Lunatic asylums Burma 1907-21 - 1907-1921
Year: 1907
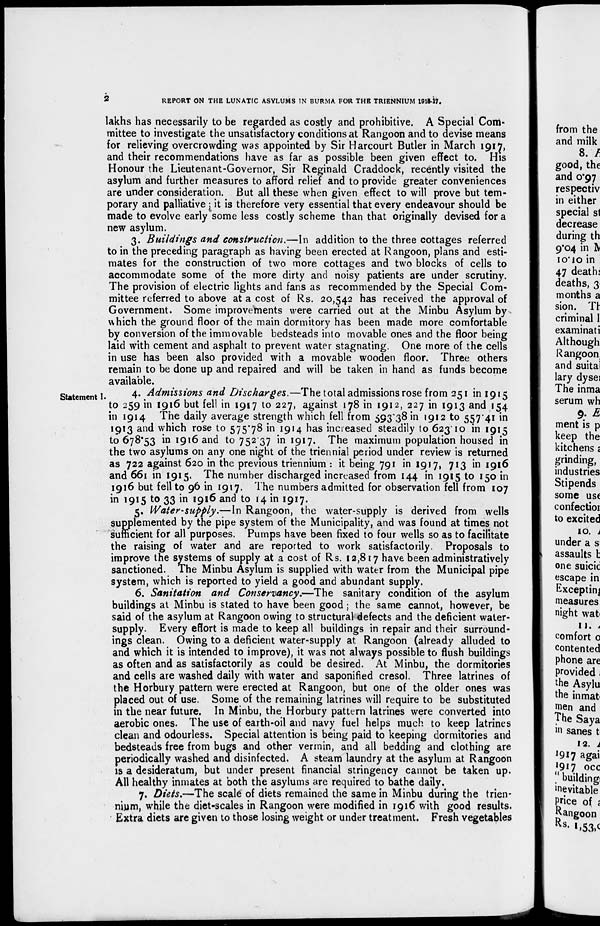
2
REPORT ON THE LUNATIC ASYLUMS IN BURMA FOR THE TRIENNIUM 1915-17.
lakhs has necessarily to be regarded as costly and prohibitive. A Special Com-
mittee to investigate the unsatisfactory conditions at Rangoon and to devise means
for relieving overcrowding was appointed by Sir Harcourt Butler in March 1917,
and their recommendations have as far as possible been given effect to. His
Honour the Lieutenant-Governor, Sir Reginald Craddock, recently visited the
asylum and further measures to afford relief and to provide greater conveniences
are under consideration. But all these when given effect to will prove but tem-
porary and palliative ; it is therefore very essential that every endeavour should be
made to evolve early some less costly scheme than that originally devised for a
new asylum.
3. Buildings and construction.—In addition to the three cottages referred
to in the preceding paragraph as having been erected at Rangoon, plans and esti-
mates for the construction of two more cottages and two blocks of cells to
accommodate some of the more dirty and noisy patients are under scrutiny.
The provision of electric lights and fans as recommended by the Special Com-
mittee referred to above at a cost of Rs. 20,542 has received the approval of
Government. Some improvements were carried out at the Minbu Asylum by
which the ground floor of the main dormitory has been made more comfortable
by conversion of the immovable bedsteads into movable ones and the floor being
laid with cement and asphalt to prevent water stagnating. One more of the cells
in use has been also provided with a movable wooden floor. Three others
remain to be done up and repaired and will be taken in hand as funds become
available.
Statement I.
4. Admissions and Discharges.—The total admissions rose from 251 in 1915
to 259 in 1916 but fell in 1917 to 227, against 178 in 1912, 227 in 1913 and 154
in 1914 The daily average strength which fell from 593.38 in 1912 to 557.41 in
1913 and which rose to 575.78 in 1914 has increased steadily to 623.10 in 1915
to 678.53 in 1916 and to 752.37 in 1917. The maximum population housed in
the two asylums on any one night of the triennial period under review is returned
as 722 against 620 in the previous triennium : it being 791 in 1917, 713 in 1916
and 661 in 1915. The number discharged increased from 144 in 1915 to 150 in
1916 but fell to 96 in 1917. The numbers admitted for observation fell from 107
in 1915 to 33 in 1916 and to 14 in 1917.
5. Water-supply.—In Rangoon, the water-supply is derived from wells
supplemented by the pipe system of the Municipality, and was found at times not
sufficient for all purposes. Pumps have been fixed to four wells so as to facilitate
the raising of water and are reported to work satisfactorily. Proposals to
improve the systems of supply at a cost of Rs. 12,817 have been administratively
sanctioned. The Minbu Asylum is supplied with water from the Municipal pipe
system, which is reported to yield a good and abundant supply.
6. Sanitation and Conservancy.—The sanitary condition of the asylum
buildings at Minbu is stated to have been good ; the same cannot, however, be
said of the asylum at Rangoon owing to structural defects and the deficient water-
supply. Every effort is made to keep all buildings in repair and their surround-
ings clean. Owing to a deficient water-supply at Rangoon (already alluded to
and which it is intended to improve), it was not always possible to flush buildings
as often and as satisfactorily as could be desired. At Minbu, the dormitories
and cells are washed daily with water and saponified cresol. Three latrines of
the Horbury pattern were erected at Rangoon, but one of the older ones was
placed out of use. Some of the remaining latrines will require to be substituted
in the near future. In Minbu, the Horbury pattern latrines were converted into
aerobic ones. The use of earth-oil and navy fuel helps much to keep latrines
clean and odourless. Special attention is being paid to keeping dormitories and
bedsteads free from bugs and other vermin, and all bedding and clothing are
periodically washed and disinfected. A steam laundry at the asylum at Rangoon
is a desideratum, but under present financial stringency cannot be taken up.
All healthy inmates at both the asylums are required to bathe daily.
7. Diets.—The scale of diets remained the same in Minbu during the trien-
nium, while the diet-scales in Rangoon were modified in 1916 with good results.
Extra diets are given to those losing weight or under treatment. Fresh vegetables